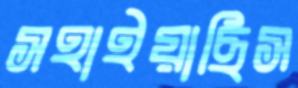
সহাইয়াছিস